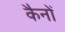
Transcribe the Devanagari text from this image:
कैनों